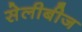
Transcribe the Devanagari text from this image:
सेलीबीज